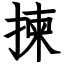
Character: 揀